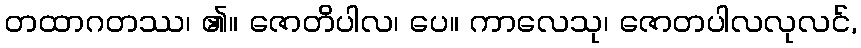
တထာဂတဿ၊ ၏။ ဇောတိပါလ၊ ပေ။ ကာလေသု၊ ဇောတပါလလုလင်,